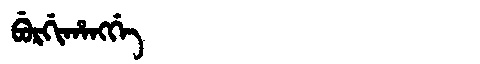
Manchu: ᠪᡠᡵᡤᡳᡥᠠᠩᡤᡝ
Romanization: BURGIHANGGE